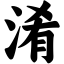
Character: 淆